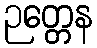
ဉတ္တေန